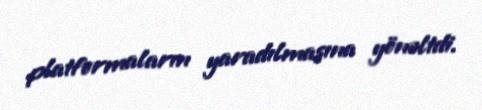
platformaların yaradılmasına yönəltdi.